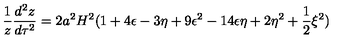
\frac { 1 } { z } \frac { d ^ { 2 } z } { d \tau ^ { 2 } } = 2 a ^ { 2 } H ^ { 2 } ( 1 + 4 \epsilon - 3 \eta + 9 \epsilon ^ { 2 } - 1 4 \epsilon \eta + 2 \eta ^ { 2 } + \frac { 1 } { 2 } \xi ^ { 2 } )